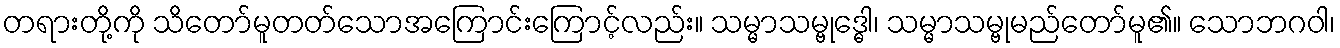
တရားတို့ကို သိတော်မူတတ်သောအကြောင်းကြောင့်လည်း။ သမ္မာသမ္ဗုဒ္ဓေါ၊ သမ္မာသမ္ဗုမည်တော်မူ၏။ သောဘဂဝါ၊